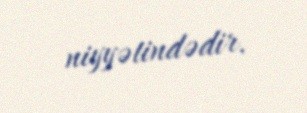
niyyətindədir.